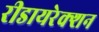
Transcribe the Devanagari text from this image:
रीडायरेक्शन